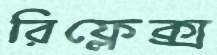
রিফ্লেক্স